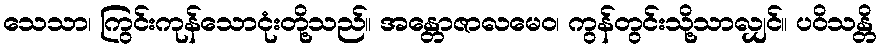
သေသာ၊ ကြွင်းကုန်သောငုံးတို့သည်။ အန္တောဇာလမေဝ၊ ကွန်တွင်းသို့သာလျှင်။ ပဝိသန္တိ